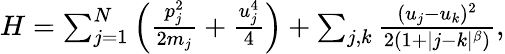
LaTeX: \begin{array}{r}{H=\sum_{j=1}^{N}\left(\frac{p_{j}^{2}}{2m_{j}}+\frac{u_{j}^{4}}{4}\right)+\sum_{j,k}\frac{(u_{j}-u_{k})^{2}}{2(1+|j-k|^{\beta})},}\end{array}